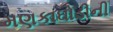
મણકાઘોડીની